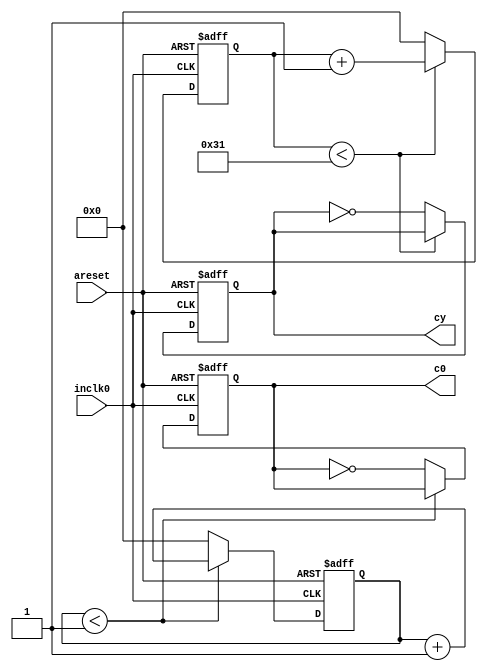
module pll (
				areset,
				inclk0,
				c0,
				cy
			);

	input	  areset;
	input	  inclk0;
	output	  c0;
	output     cy;

	
	reg c0;
	reg cy;
	reg [16:0]count;
	
	always@(posedge inclk0 or negedge areset)begin
	if(!areset)begin	
		c0<=0;
		count<=0;
	end
	else 
		if(count<(2-1))begin
			count<=count+1;
		end
		else begin
				c0<=~c0;
				count<=0;
		end
	end
	
	reg [16:0]count_cy;
	always@(posedge inclk0 or negedge areset)begin
	if(!areset)begin	
		cy<=0;
		count_cy<=0;
	end
	else 
		if(count_cy<(50-1))begin
			count_cy<=count_cy+1;
		end
		else begin
				cy<=~cy;
				count_cy<=0;
		end
	end
	endmodule